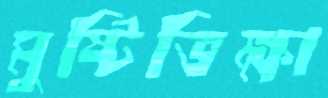
মুষ্টিভিক্ষা